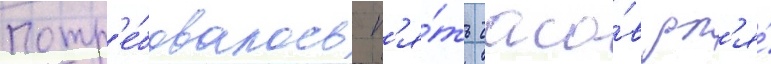
Потр'е́бовалось п'я́ть часо́в дл'я́